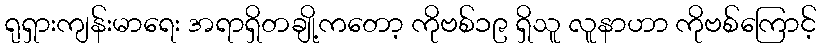
ရုရှားကျန်းမာရေး အရာရှိတချို့ကတော့ ကိုဗစ်၁၉ ရှိသူ လူနာဟာ ကိုဗစ်ကြောင့်